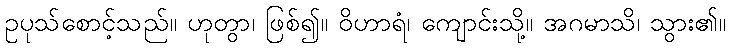
ဥပုသ်စောင့်သည်။ ဟုတွာ၊ ဖြစ်၍။ ဝိဟာရံ၊ ကျောင်းသို့။ အဂမာသိ၊ သွား၏။